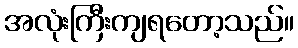
အလုံးကြီးကျရတော့သည်။